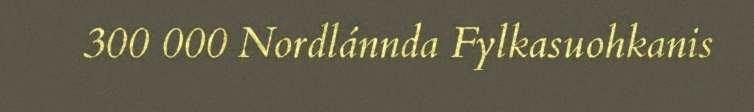
300 000 Nordlánnda Fylkasuohkanis